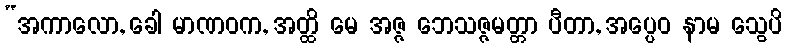
“အကာလော, ခေါ မာဏဝက, အတ္ထိ မေ အဇ္ဇ ဘေသဇ္ဇမတ္တာ ပီတာ, အပ္ပေဝ နာမ သွေပိ